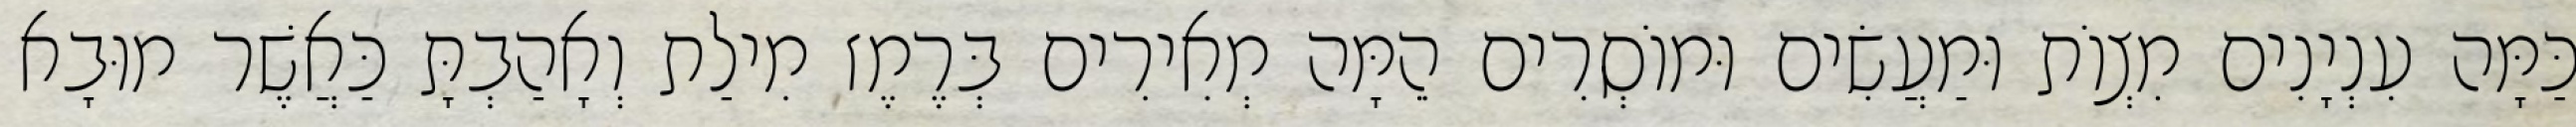
כַּמָּה עִנְיָנִים מִצְוֹת וּמַעֲשִׂים וּמוֹסְרִים הֵמָּה מְאִירִים בְּרֶמֶז מִילַת וְאָהַבְתָּ כַּאֲשֶׁר מוּבָא